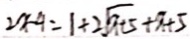
2 x - 4 = 1 \div 2 \sqrt { x + 5 } + x + 5